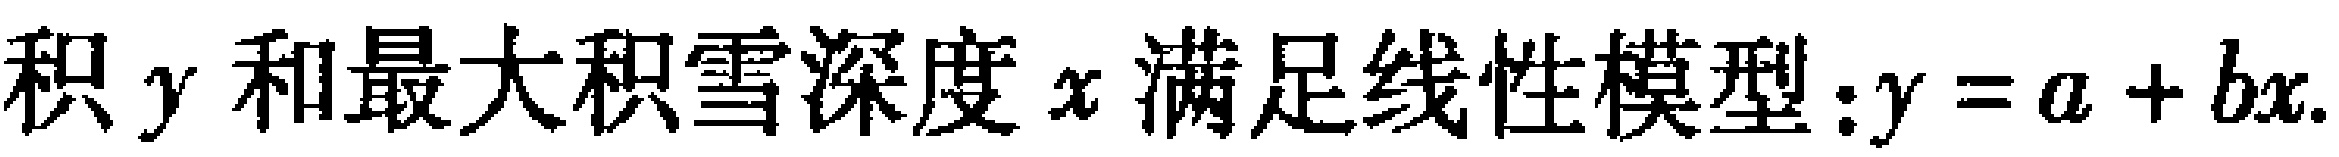
积 \(y\) 和最大积雪深度 \(x\) 满足线性模型：\(y = a + bx\)